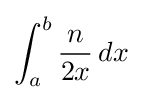
\int _{a}^{b}{\frac {n}{2x}}\,dx